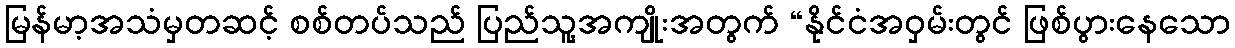
မြန်မာ့အသံမှတဆင့် စစ်တပ်သည် ပြည်သူ့အကျိုးအတွက် “နိုင်ငံအဝှမ်းတွင် ဖြစ်ပွားနေသော